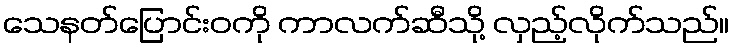
သေနတ်ပြောင်းဝကို ကာလက်ဆီသို့ လှည့်လိုက်သည်။